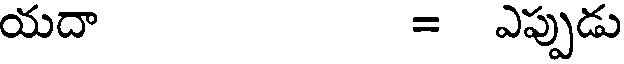
యదా = ఎప్పుడు